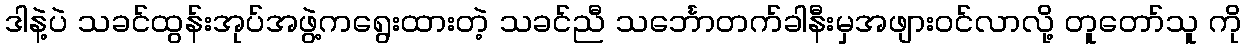
ဒါနဲ့ပဲ သခင်ထွန်းအုပ်အဖွဲ့ကရွေးထားတဲ့ သခင်ညီ သင်္ဘောတက်ခါနီးမှအဖျားဝင်လာလို့ တူတော်သူ ကို